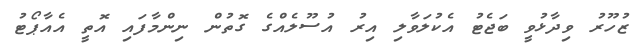
ޒުހޫރު ވިދާޅުވީ ބަޖެޓު އެކުލަވާލި އިރު އުސޫލެއްގެ ގޮތުން ނިންމާފައި އޮތީ އެއާޕޯޓު